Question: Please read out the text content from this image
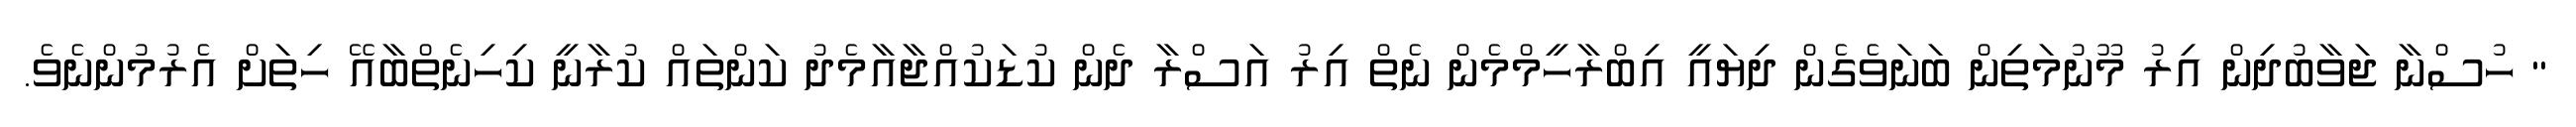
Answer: " ހުސްނާ ޖަވާބުދިން އިރު މޫނުމަތިން ބަނަވެގެން ދިޔައީ އިބްރާހީމްމެން ނެތް އިރު އަސްރާ ދެން ކުޑަކުއްޖާއާމެދު ކަންތައް ކުރާނީ ކިހިނެތްބާއޭ ހިތަށް އެރުމުންނެވެ.